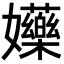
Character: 𡤤